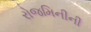
રોજમિનીની